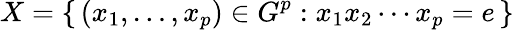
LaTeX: X=\{ \, (x_{1},\ldots,x_{p})\in G^{p}:x_{1}x_{2}\cdots x_{p}=e\, \}